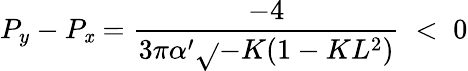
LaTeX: P_{y}-P_{\mathit{x}}=\frac{{-4}}{{3\pi\alpha^{\prime}\sqrt{}{{-K}}(1-KL^{2})}}\; <\; 0